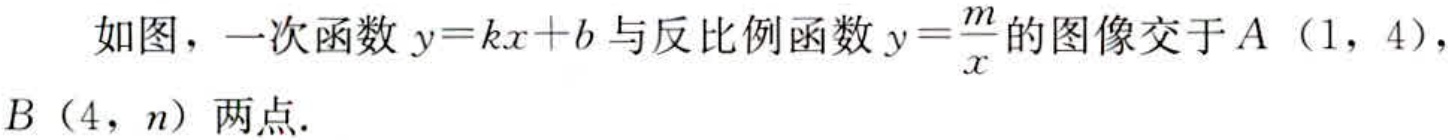
如图，一次函数\(y = kx + b\)与反比例函数\(y=\frac{m}{x}\)的图像交于\(A\)（\(1\)，\(4\)），\(B\)（\(4\)，\(n\)）两点.